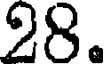
28.